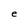
Character: e